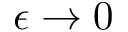
\epsilon \to 0